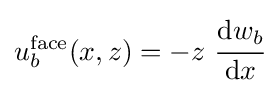
u_{b}^{\mathrm {face} }(x,z)=-z~{\cfrac {\mathrm {d} w_{b}}{\mathrm {d} x}}